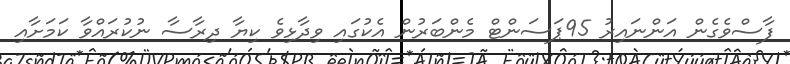
ފާސްވެގެން އަންނައިރު 95ޕަސަންޓް މެންބަރުން އެކުގައި ވިދާޅިވެ ކިޔާ ދިރާސާ ނުކުރައްވާ ކަމަށާއި